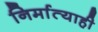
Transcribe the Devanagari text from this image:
निर्मात्याही